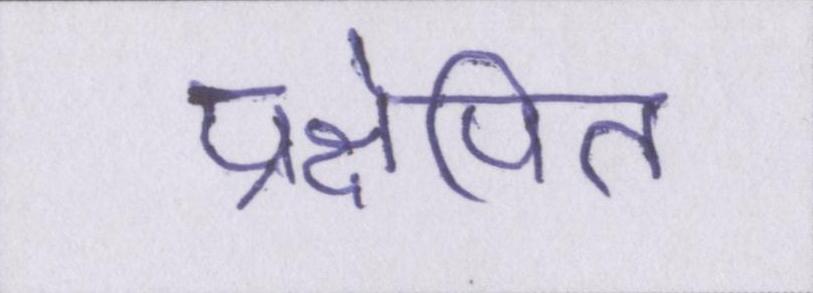
प्रक्षेपित